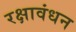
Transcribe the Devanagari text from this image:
रक्षावंधन